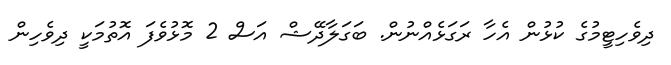
ދިވެހިޓީމުގެ ކުޅުން އެހާ ރަގަޅެއްނުން. ބަގަަލާދޭޝް އަސް 2 މޮޅުވެފަ އޮތުމަކީ ދިވެހިން